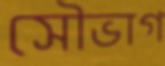
সৌভাগ